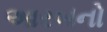
આરબનો